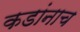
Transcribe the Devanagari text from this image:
कडांनाच